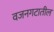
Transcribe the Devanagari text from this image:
वजनगटातील